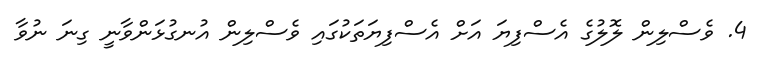
4. ވެސްލިން ލޮލުގެ އެސްފިޔަ އަށް އެސްފިޔަތަކުގައި ވެސްލިން އުނގުޅަންވާނީ ގިނަ ނުވާ